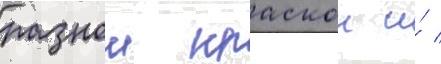
разнои краскои и́ /